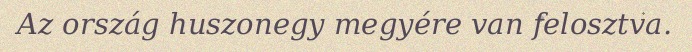
Az ország huszonegy megyére van felosztva.